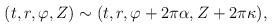
LaTeX: \begin{align*}(t,r,\varphi,Z) \sim (t,r,\varphi+2\pi\alpha,Z+2\pi\kappa),\end{align*}